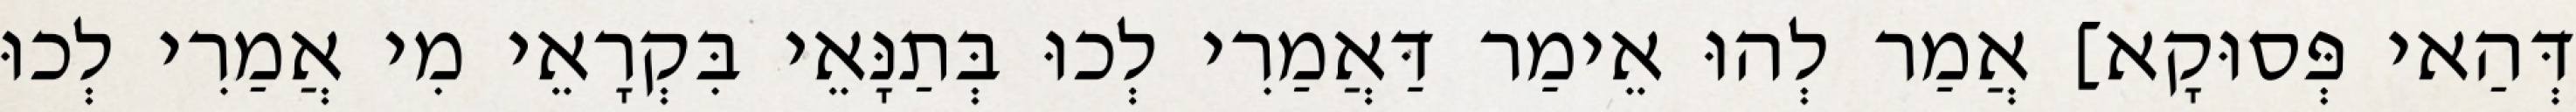
דְּהַאי פְּסוּקָא] אֲמַר לְהוּ אֵימַר דַּאֲמַרִי לְכוּ בְּתַנָּאֵי בִּקְרָאֵי מִי אֲמַרִי לְכוּ